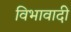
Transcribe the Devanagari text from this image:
विभावादी